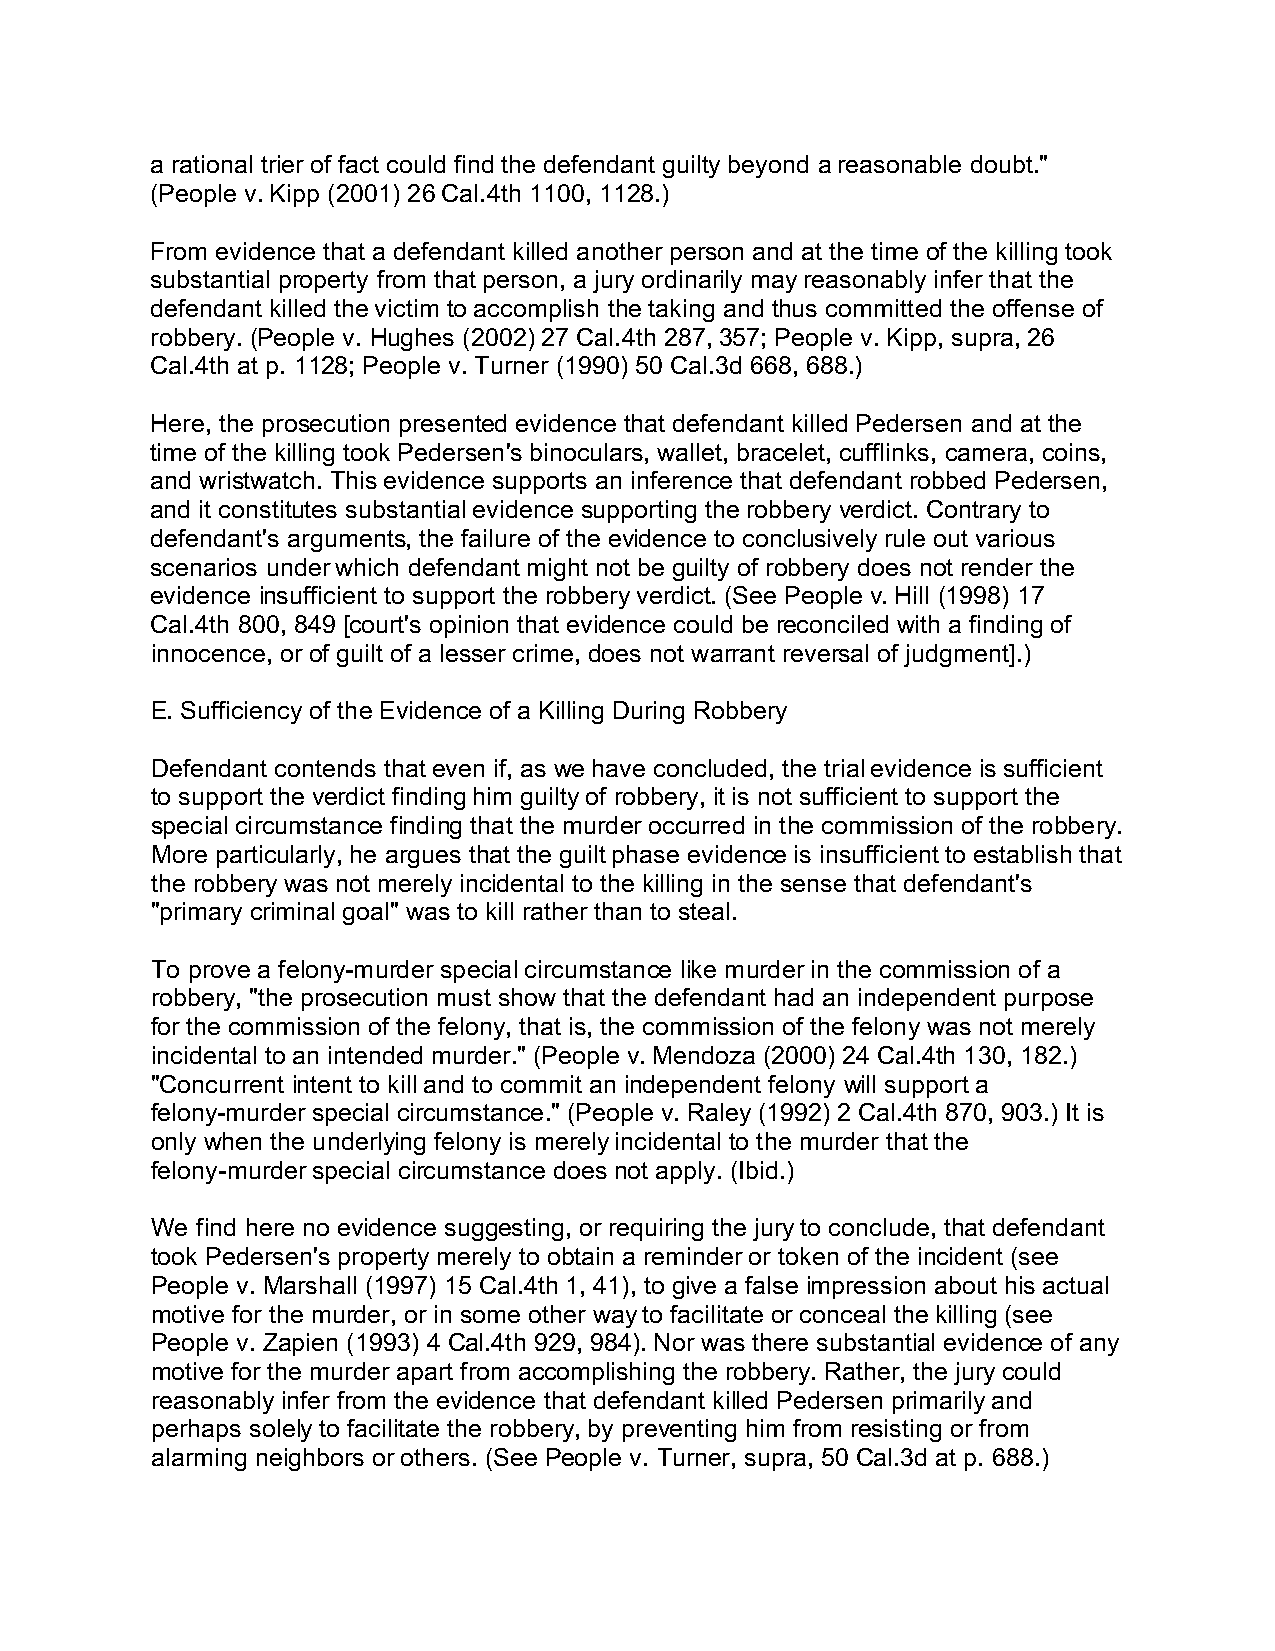
a rational trier of fact could find the defendant guilty beyond a reasonable doubt."
 (People v. Kipp (2001) 26 Cal.4th 1100, 1128.)
 From evidence that a defendant killed another person and at the time of the killing took
 substantial property from that person, a jury ordinarily may reasonably infer that the
 defendant killed the victim to accomplish the taking and thus committed the offense of
 robbery. (People v. Hughes (2002) 27 Cal.4th 287, 357; People v. Kipp, supra, 26
 Cal.4th at p. 1128; People v. Turner (1990) 50 Cal.3d 668, 688.)
 Here, the prosecution presented evidence that defendant killed Pedersen and at the
 time of the killing took Pedersen's binoculars, wallet, bracelet, cufflinks, camera, coins,
 and wristwatch. This evidence supports an inference that defendant robbed Pedersen,
 and it constitutes substantial evidence supporting the robbery verdict. Contrary to
 defendant's arguments, the failure of the evidence to conclusively rule out various
 scenarios under which defendant might not be guilty of robbery does not render the
 evidence insufficient to support the robbery verdict. (See People v. Hill (1998) 17
 Cal.4th 800, 849 [court's opinion that evidence could be reconciled with a finding of
 innocence, or of guilt of a lesser crime, does not warrant reversal of judgment].)
 E. Sufficiency of the Evidence of a Killing During Robbery
 Defendant contends that even if, as we have concluded, the trial evidence is sufficient
 to support the verdict finding him guilty of robbery, it is not sufficient to support the
 special circumstance finding that the murder occurred in the commission of the robbery.
 More particularly, he argues that the guilt phase evidence is insufficient to establish that
 the robbery was not merely incidental to the killing in the sense that defendant's
 "primary criminal goal" was to kill rather than to steal.
 To prove a felony-murder special circumstance like murder in the commission of a
 robbery, "the prosecution must show that the defendant had an independent purpose
 for the commission of the felony, that is, the commission of the felony was not merely
 incidental to an intended murder." (People v. Mendoza (2000) 24 Cal.4th 130, 182.)
 "Concurrent intent to kill and to commit an independent felony will support a
 felony-murder special circumstance." (People v. Raley (1992) 2 Cal.4th 870, 903.) It is
 only when the underlying felony is merely incidental to the murder that the
 felony-murder special circumstance does not apply. (Ibid.)
 We find here no evidence suggesting, or requiring the jury to conclude, that defendant
 took Pedersen's property merely to obtain a reminder or token of the incident (see
 People v. Marshall (1997) 15 Cal.4th 1, 41), to give a false impression about his actual
 motive for the murder, or in some other way to facilitate or conceal the killing (see
 People v. Zapien (1993) 4 Cal.4th 929, 984). Nor was there substantial evidence of any
 motive for the murder apart from accomplishing the robbery. Rather, the jury could
 reasonably infer from the evidence that defendant killed Pedersen primarily and
 perhaps solely to facilitate the robbery, by preventing him from resisting or from
 alarming neighbors or others. (See People v. Turner, supra, 50 Cal.3d at p. 688.)